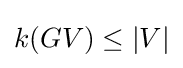
k(GV)\leq |V|